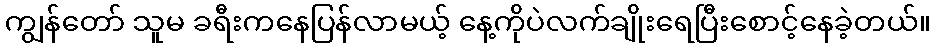
ကျွန်တော် သူမ ခရီးကနေပြန်လာမယ့် နေ့ကိုပဲလက်ချိုးရေပြီးစောင့်နေခဲ့တယ်။